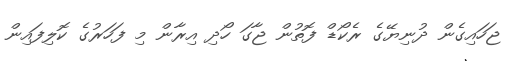
ޖަހައިގެން ދުނިޔޭގެ ރެކޯޑް ފޮތުން ޖާގަ ހޯދި އިރާން މި ފަހަރުގެ ކޮލިފައިން